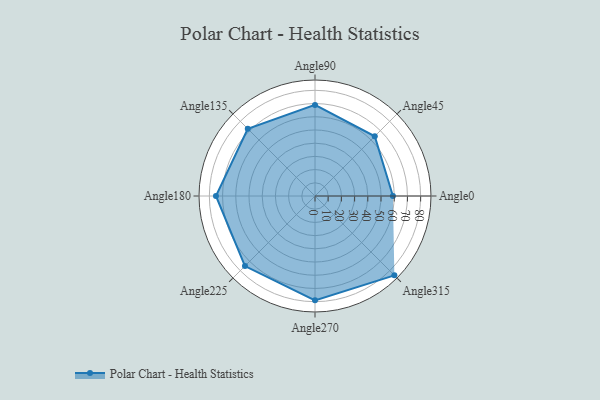
{"axis": {"x": "Angle", "y": "Radius"}, "legend": [""], "data": [{"x": "Angle0", "y": 59.0, "type": ""}, {"x": "Angle45", "y": 64.0, "type": ""}, {"x": "Angle90", "y": 69.0, "type": ""}, {"x": "Angle135", "y": 72.0, "type": ""}, {"x": "Angle180", "y": 75.0, "type": ""}, {"x": "Angle225", "y": 75.0, "type": ""}, {"x": "Angle270", "y": 79.0, "type": ""}, {"x": "Angle315", "y": 85.0, "type": ""}]}